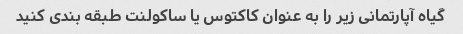
گیاه آپارتمانی زیر را به عنوان کاکتوس یا ساکولنت طبقه بندی کنید